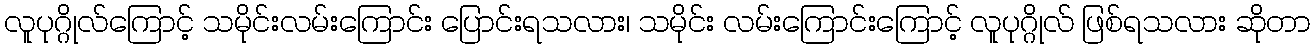
လူပုဂ္ဂိုလ်ကြောင့် သမိုင်းလမ်းကြောင်း ပြောင်းရသလား၊ သမိုင်း လမ်းကြောင်းကြောင့် လူပုဂ္ဂိုလ် ဖြစ်ရသလား ဆိုတာ